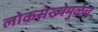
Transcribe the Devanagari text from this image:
लोकसंख्येमुळेच